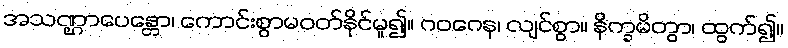
အသဏ္ဌာပေန္တော၊ ကောင်းစွာမဝတ်နိုင်မူ၍။ ဂဝဂေန၊ လျင်စွာ။ နိက္ခမိတွာ၊ ထွက်၍။